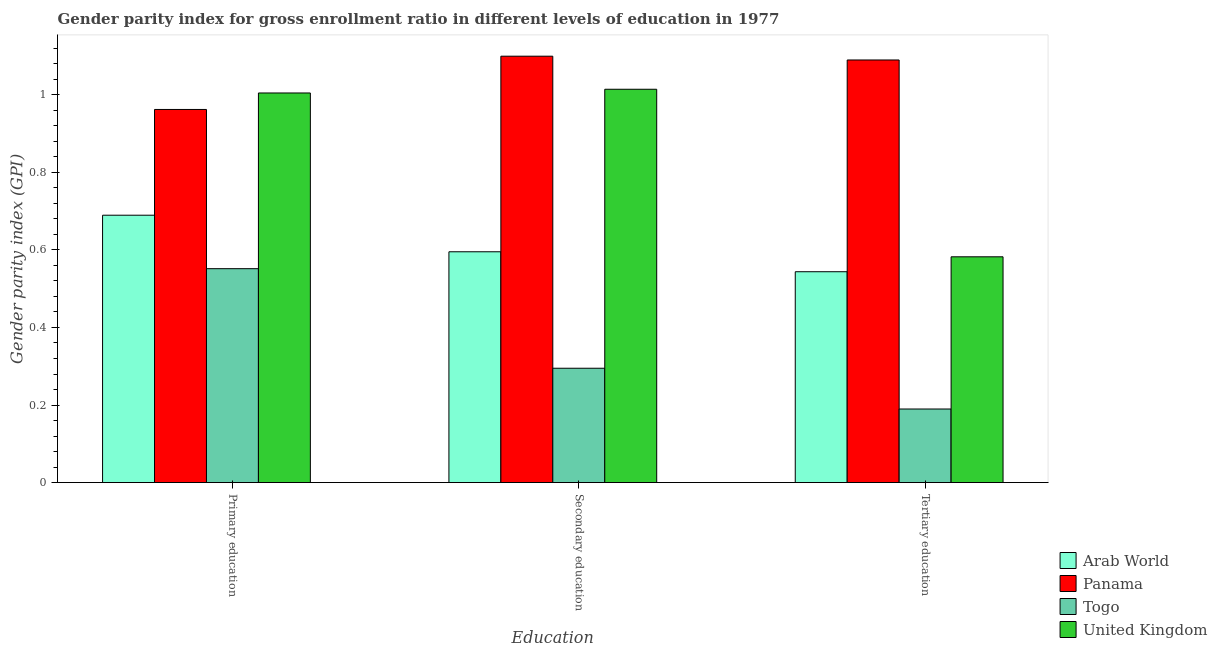
| Education | Arab World | Panama | Togo | United Kingdom |
 | --- | --- | --- | --- | --- |
 | Primary education | 0.689 | 0.962 | 0.552 | 1 |
 | Secondary education | 0.595 | 1.1 | 0.295 | 1.01 |
 | Tertiary education | 0.544 | 1.09 | 0.19 | 0.582 |